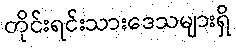
တိုင်းရင်းသားဒေသများရှိ